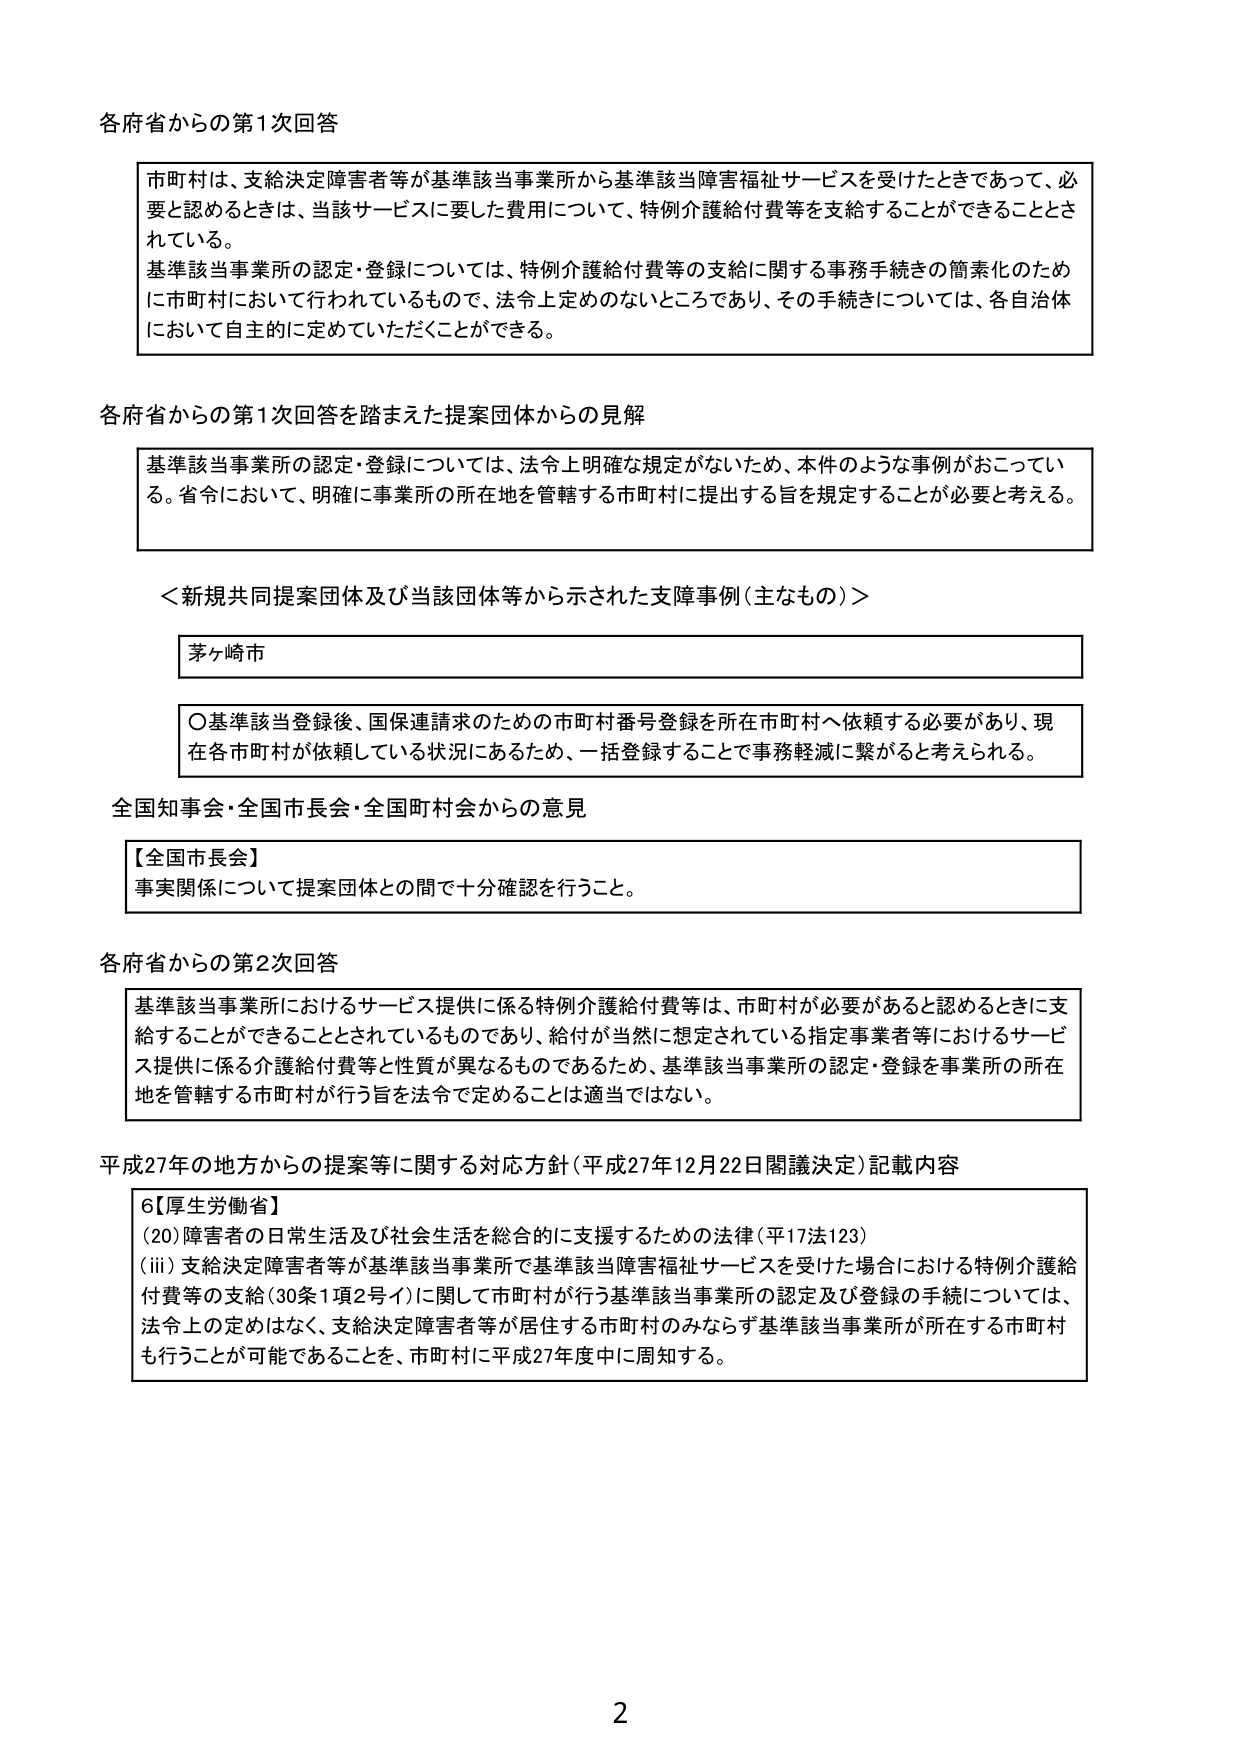
各府省からの第1次回答

市町村は、支給決定障害者等が基準該当事業所から基準該当障害福祉サービスを受けたときであって、必要と認めるときは、当該サービスに要した費用について、特例介護給付費等を支給することができるとしている。
基準該当事業所の認定・登録については、特例介護給付費等の支給に関する事務手続きの簡素化のために市町村において行われているもので、法令上定めのないところであり、その手続きについては、各自治体において自主的に定めていただくことができる。

各府省からの第1次回答を踏まえた提案団体からの見解

基準該当事業所の認定・登録については、法令上明確な規定がないため、本件のような事例がおこっている。省令において、明確に事業所の所在地を管轄する市町村に提出する旨を規定することが必要と考える。

＜新規共同提案団体及び当該団体等から示された支障事例（主なもの）＞

茅ヶ崎市

〇基準該当登録後、国保連請求のための市町村番号登録を所在市町村へ依頼する必要があり、現在各市町村が依頼している状況にあるため、一括登録することで事務軽減に繋がると考えられる。

全国知事会・全国市長会・全国町村会からの意見

【全国市長会】
事実関係について提案団体との間で十分確認を行うこと。

各府省からの第2次回答

基準該当事業所におけるサービス提供に係る特例介護給付費等は、市町村が必要があると認めるときに支給することができることとされているものであり、給付が当然に想定されている指定事業者等におけるサービス提供に係る介護給付費等と性質が異なるものであるため、基準該当事業所の認定・登録を事業所の所在地を管轄する市町村が行う旨を法令で定めることは適当ではない。

平成27年の地方からの提案等に関する対応方針（平成27年12月22日閣議決定）記載内容

6【厚生労働省】
(20) 障害者の日常生活及び社会生活を総合的に支援するための法律（平17法123）
(iii) 支給決定障害者等が基準該当事業所で基準該当障害福祉サービスを受けた場合における特例介護給付費等の支給（30条1項2号イ）に関して市町村が行う基準該当事業所の認定及び登録の手続については、法令上の定めはなく、支給決定障害者等が居住する市町村のみならず基準該当事業所が所在する市町村も行うことが可能であることを、市町村に平成27年度中に周知する。

2